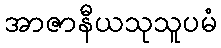
အာဇာနီယသုသူပမံ